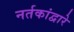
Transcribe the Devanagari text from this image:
नर्तकांद्वारे